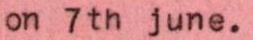
on 7th june.